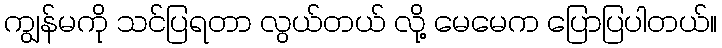
ကျွန်မကို သင်ပြရတာ လွယ်တယ် လို့ မေမေက ပြောပြပါတယ်။